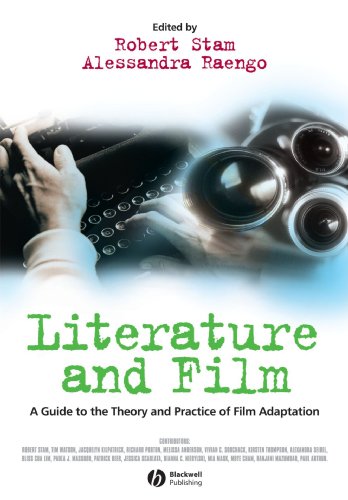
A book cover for Literature and Film: A Guide to the Theory and Practice of Film Adaptation; Humor & Entertainment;